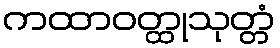
ကထာဝတ္ထုသုတ္တံ